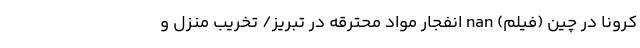
کرونا در چین (فیلم) nan انفجار مواد محترقه در تبریز/ تخریب منزل و